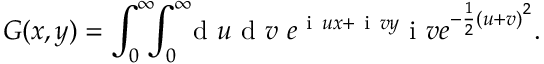
G ( x , y ) = \int _ { 0 } ^ { \infty } \! \! \! \int _ { 0 } ^ { \infty } \! \! \! \ensuremath { \mathrm { ~ d ~ } } u \ensuremath { \mathrm { ~ d ~ } } v \ e ^ { \ensuremath { \mathrm { ~ i ~ } } u x + \ensuremath { \mathrm { ~ i ~ } } v y } \ensuremath { \mathrm { ~ i ~ } } v e ^ { - \frac { 1 } { 2 } \left( u + v \right) ^ { 2 } } .